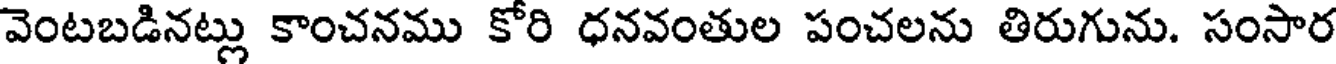
వెంటబడినట్లు కాంచనము కోరి ధనవంతుల పంచలను తిరుగును. సంసార